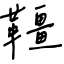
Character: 韁